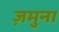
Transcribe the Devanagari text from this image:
ज़मुना